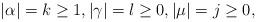
LaTeX: \begin{align*}|\alpha|=k\ge 1, |\gamma|=l\ge 0, |\mu|=j\ge 0,\end{align*}